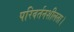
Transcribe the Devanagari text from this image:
परिवर्तनशीलता।